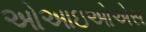
ઓઆઇઓએસ